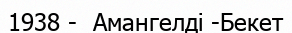
1938 -  Амангелді -Бекет